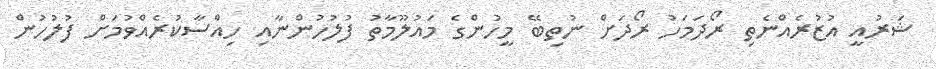
ޝަރުއީ އުޒުރެއްނެތި ރޯދަމަހު ރޯދަށް ނުތިބޭ މީހުންގެ މައުލޫމާތު ފުލުހުންނާއި ހިއްސާކުރެއްވުމަށް ފުލުހުން